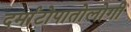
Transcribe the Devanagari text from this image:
दर्माटोपातोलोगी